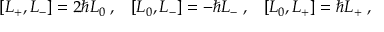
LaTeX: \left[ L _ { + } , L _ { - } \right] = 2 \hbar L _ { 0 } \; , \; \; \; \left[ L _ { 0 } , L _ { - } \right] = - \hbar L _ { - } \; , \; \; \; \left[ L _ { 0 } , L _ { + } \right] = \hbar L _ { + } \; ,